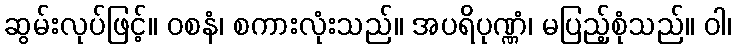
ဆွမ်းလုပ်ဖြင့်။ ဝစနံ၊ စကားလုံးသည်။ အပရိပုဏ္ဏံ၊ မပြည့်စုံသည်။ ဝါ၊